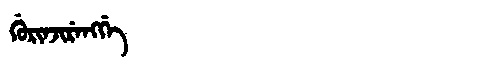
Manchu: ᡤᡠᡵᡳᠨᠵᡳᡵᡝᠩᡤᡝ
Romanization: GURINJIRENGGE